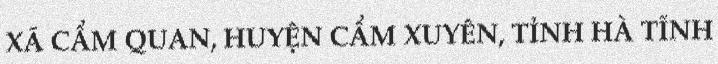
XÃ CẨM QUAN, HUYỆN CẨM XUYÊN, TỈNH HÀ TĨNH